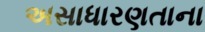
અસાધારણતાના